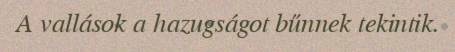
A vallások a hazugságot bűnnek tekintik.